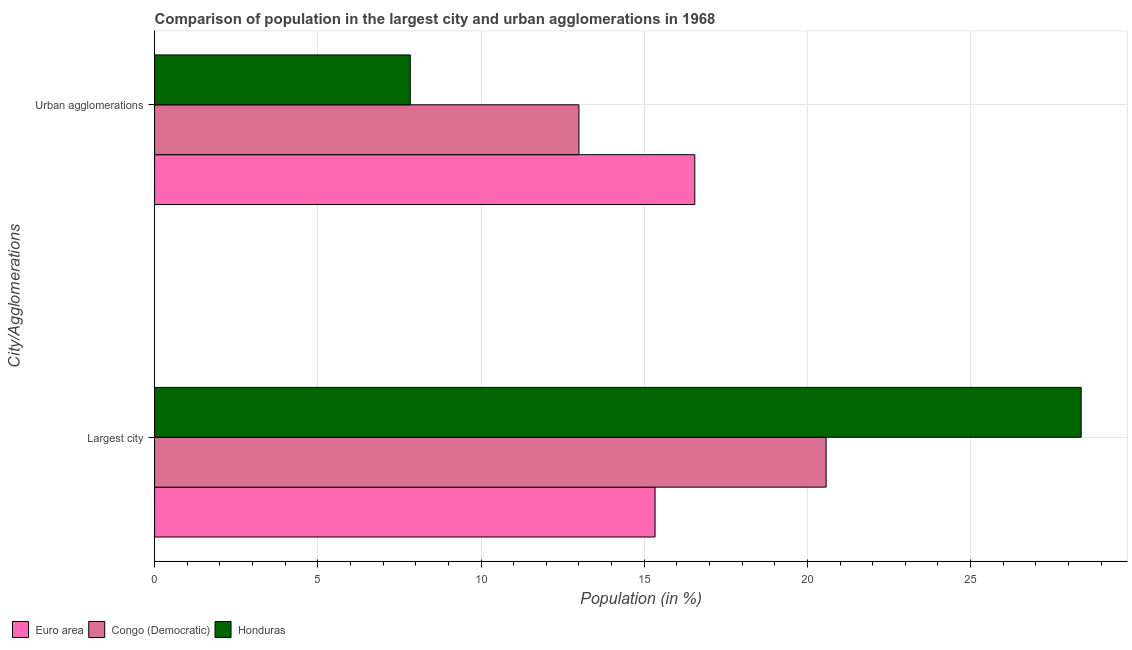
| City/Agglomerations | Euro area | Congo (Democratic) | Honduras |
 | --- | --- | --- | --- |
 | Largest city | 15.3 | 20.6 | 28.4 |
 | Urban agglomerations | 16.5 | 13 | 7.83 |